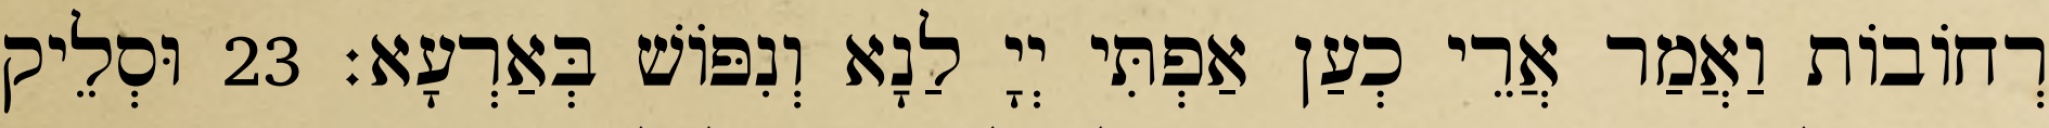
רְחוֹבוֹת וַאֲמַר אֲרֵי כְעַן אַפְתִּי יְיָ לַנָא וְנִפּוֹשׁ בְּאַרְעָא׃ 23 וּסְלֵיק